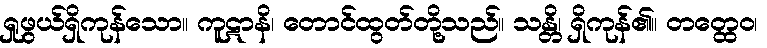
ရှုဖွယ်ရှိကုန်သော။ ကူဋာနိ၊ တောင်ထွတ်တို့သည်။ သန္တိ၊ ရှိကုန်၏။ တတ္ထေဝ၊